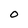
Character: O